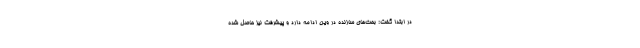
در ابتدا گفت: بحث‌های سازنده در وین ادامه دارد و پیشرفت نیز حاصل شده